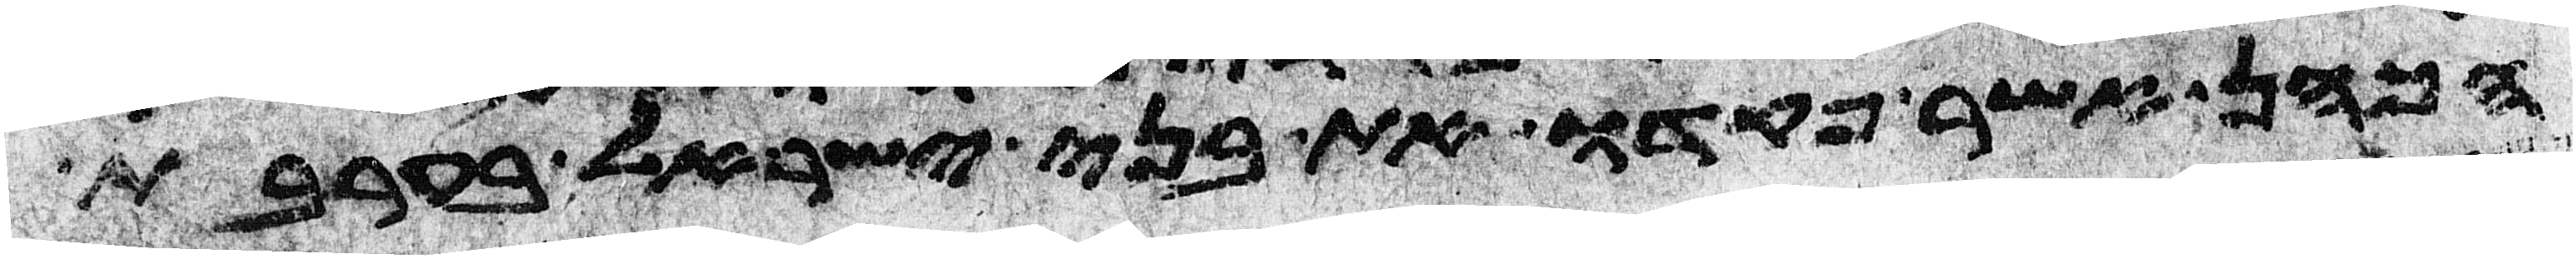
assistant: הכהן אשר פקדו את בני ישראל בערבת